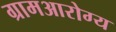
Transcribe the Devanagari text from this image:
ग्रामआरोग्य